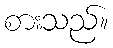
စားသည်။